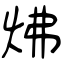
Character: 炥